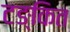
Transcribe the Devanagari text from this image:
टङ्कित